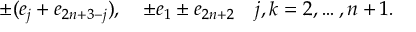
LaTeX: \pm ( e _ { j } + e _ { 2 n + 3 - j } ) , \quad \pm e _ { 1 } \pm e _ { 2 n + 2 } \quad j , k = 2 , \ldots , n + 1 .